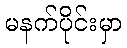
မနက်ပိုင်းမှာ